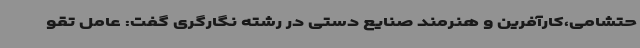
حتشامی،کارآفرین و هنرمند صنایع دستی در رشته نگارگری گفت: عامل تقو